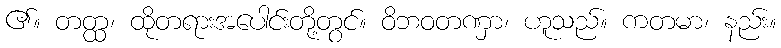
၏။ တတ္ထ၊ ထိုတရားအပေါင်းတို့တွင်။ ဝိဘဝတဏှာ၊ ဟူသည်။ ကတမာ၊ နည်း။